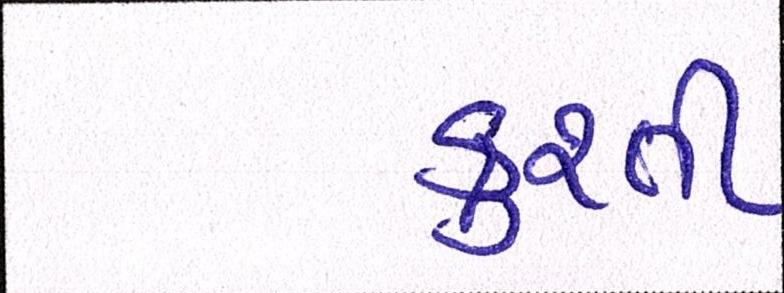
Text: કુશ્તી